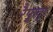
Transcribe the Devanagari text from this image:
रैफुकू